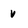
Character: v